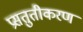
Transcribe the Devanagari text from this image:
प्रसतुतीकरण